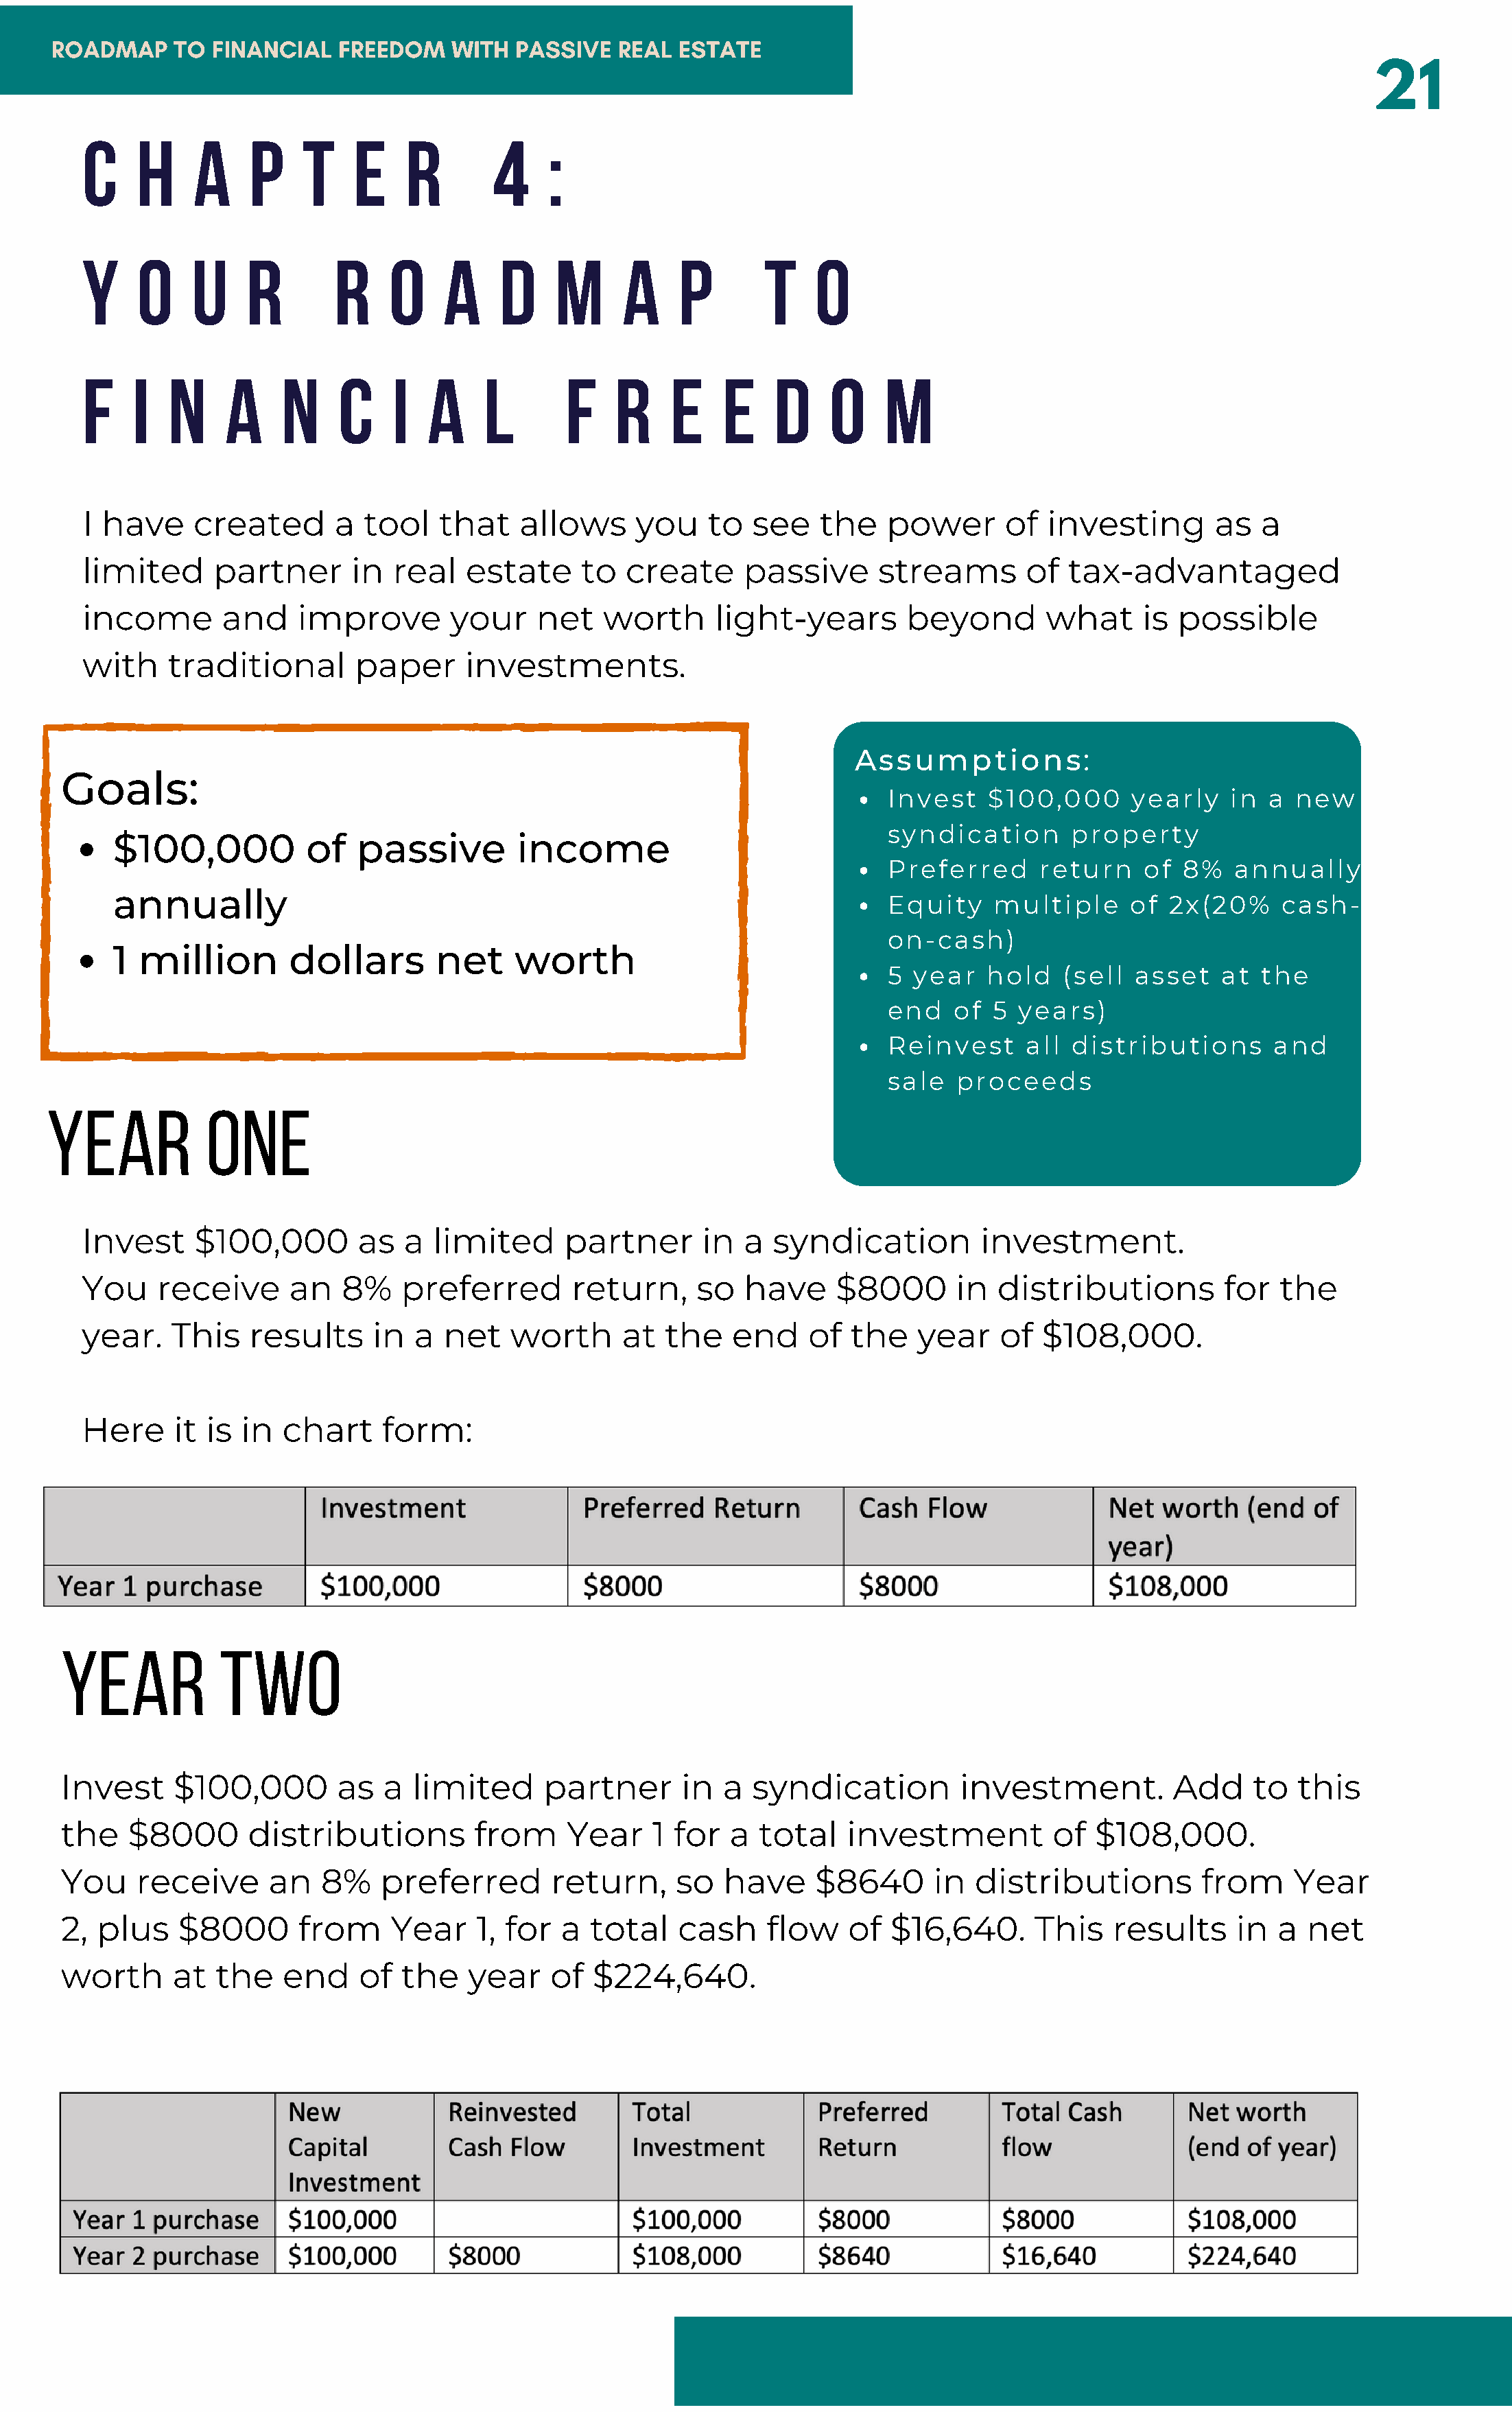
ROADMAP     TO FINANCIAL    FREEDOM    WITH  PASSIVE   REAL ESTATE
 21
 C    H     A    P    T    E    R        4    :
 Y    O    U     R       R     O    A    D     M     A    P        T    O
 F    I  N     A    N     C    I  A     L       F   R     E    E    D    O    M
 I have     created      a  tool   that    allows     you    to   see   the    power      of  investing       as   a
 limited      partner      in  real   estate     to  create      passive      streams       of  tax-advantaged
 income       and     improve       your     net   worth      light-years       beyond        what     is  possible
 with    traditional       paper      investments.
 Assumptions:
 Goals:
 Invest   $100,000      yearly    in a  new
 syndication      property
 $100,000           of  passive         income
 Preferred     return    of  8%   annually
 annually
 Equity    multiple     of  2x(20%     cash-
 on-cash)
 1 million        dollars       net     worth
 5 year   hold    (sell asset    at  the
 end   of  5 years)
 Reinvest     all distributions       and
 sale  proceeds
 year           one
 Invest     $100,000        as  a  limited     partner       in  a  syndication         investment.
 You    receive      an   8%    preferred       return,     so   have     $8000      in  distributions         for  the
 year.    This   results     in  a  net   worth      at  the    end    of  the   year    of   $108,000.
 Here     it is in  chart     form:
 year           two
 Invest     $100,000        as  a  limited     partner       in  a  syndication         investment.         Add     to  this
 the   $8000       distributions         from     Year    1 for  a  total    investment          of  $108,000.
 You    receive      an   8%    preferred       return,     so   have     $8640      in  distributions         from     Year
 2, plus    $8000       from     Year    1, for  a  total   cash     flow    of  $16,640.      This   results     in  a  net
 worth      at  the   end     of  the   year    of  $224,640.